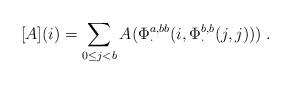
LaTeX: \begin{align*}[A](i)=\sum_{0\leq j<b} A(\Phi_\cdot^{a,bb}(i,\Phi_\cdot^{b,b}(j,j)))\;.\end{align*}